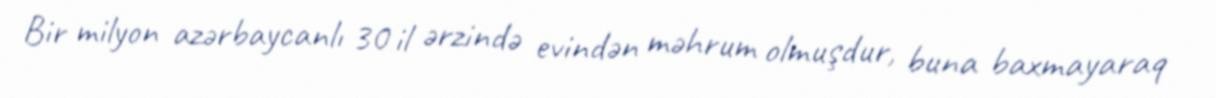
Bir milyon azərbaycanlı 30 il ərzində evindən məhrum olmuşdur, buna baxmayaraq